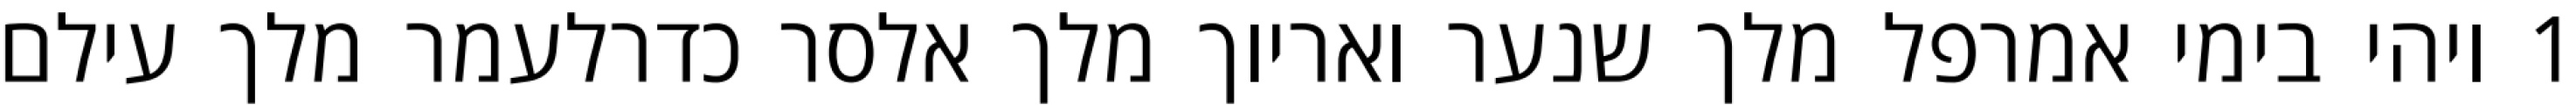
1 ויהי בימי אמרפל מלך שנער ואריוך מלך אלסר כדרלעמר מלך עילם